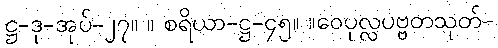
ဋ္ဌ-ဒု-အုပ်-၂၇။ ။ စရိယာ-ဋ္ဌ-၄၅။ ။ဝေပုလ္လပဗ္ဗတသုတ်-